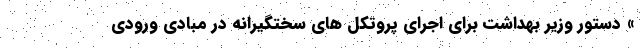
» دستور وزیر بهداشت برای اجرای پروتکل های سختگیرانه در مبادی ورودی